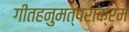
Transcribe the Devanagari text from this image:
गीतहनुमत्पराक्रम